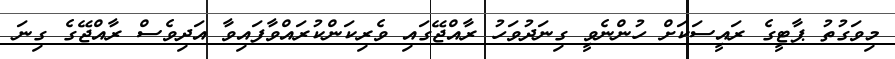
މިވަގުތު ޕާޓީގެ ރައީސަކަށް ހުންނެވީ ގިނަދުވަހު ރާއްޖޭގައި ވެރިކަންކުރައްވާފައިވާ އަދިވެސް ރާއްޖޭގެ ގިނަ